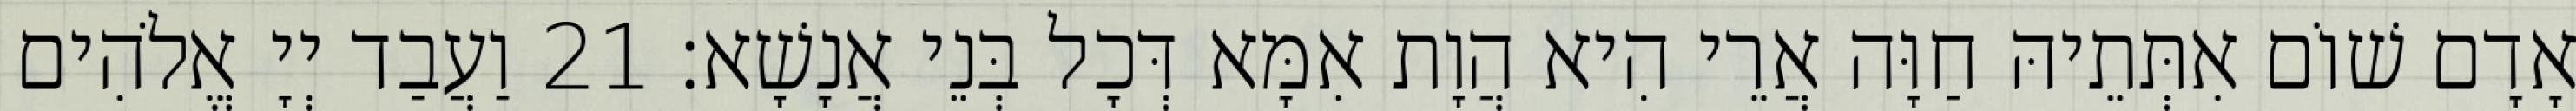
אָדָם שׁוֹם אִתְּתֵיהּ חַוָּה אֲרֵי הִיא הֲוָת אִמָּא דְּכָל בְּנֵי אֲנָשָׁא׃ 21 וַעֲבַד יְיָ אֱלֹהִים